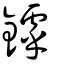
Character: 鏬